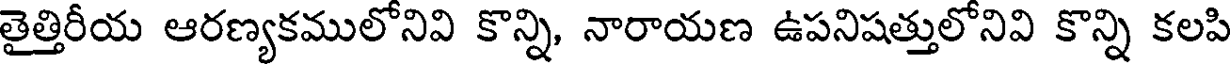
తైత్తిరీయ ఆరణ్యకములోనివి కొన్ని, నారాయణ ఉపనిషత్తులోనివి కొన్ని కలపి